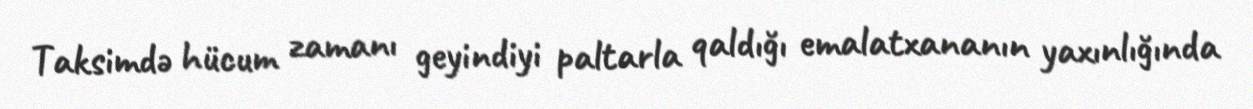
Taksimdə hücum zamanı geyindiyi paltarla qaldığı emalatxananın yaxınlığında